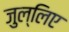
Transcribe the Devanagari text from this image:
जुल्लिए